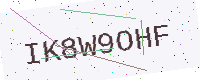
Text: IK8W9OHF